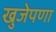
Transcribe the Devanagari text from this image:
खुजेपणा